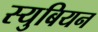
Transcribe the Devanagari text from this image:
स्युबियन